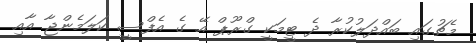
މެޗުގައި ބައްދަލުކުރާ ދެ ޓީމަކީ ގްރޫޕް އޭ ގެ އެފްސީ ކަލަމެންޖާ އާއި